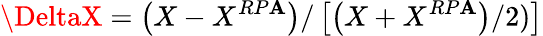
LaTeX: \DeltaX=\left(X-X^{RP\mathbf{A}}\right)/\left[\left(X+X^{RP\mathbf{A}}\right)/2)\right]